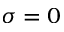
\sigma = 0